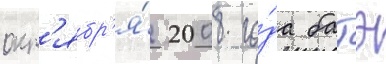
окт'ябр'я́ 2008 го́да батэ